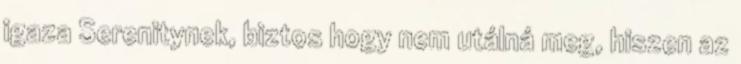
igaza Serenitynek, biztos hogy nem utálná meg, hiszen az